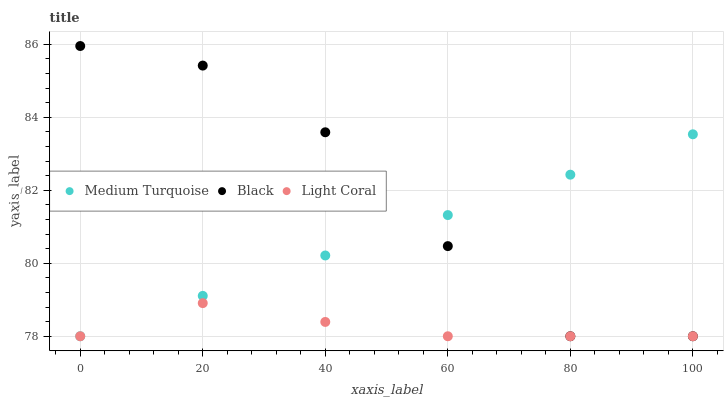
| xaxis_label | Medium Turquoise | Black | Light Coral |
 | --- | --- | --- | --- |
 | 0 | 78 | 86 | 78 |
 | 20 | 79.1 | 85.4 | 78.9 |
 | 40 | 80.2 | 83.6 | 78.4 |
 | 60 | 81.3 | 80.5 | 78 |
 | 80 | 82.4 | 78 | 78 |
 | 100 | 83.5 | 78 | 78 |